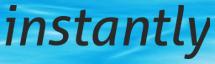
instantly